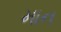
માન